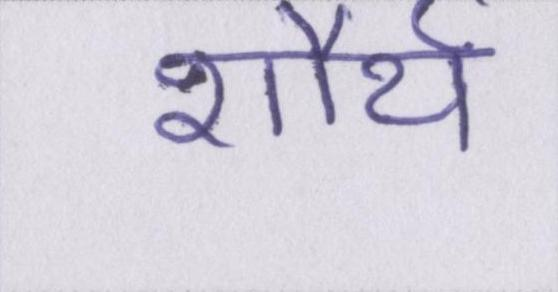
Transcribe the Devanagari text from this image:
शौर्य